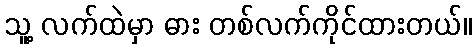
သူ့ လက်ထဲမှာ ဓား တစ်လက်ကိုင်ထားတယ်။